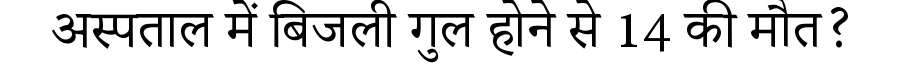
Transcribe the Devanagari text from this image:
अस्पताल में बिजली गुल होने से 14 की मौत?